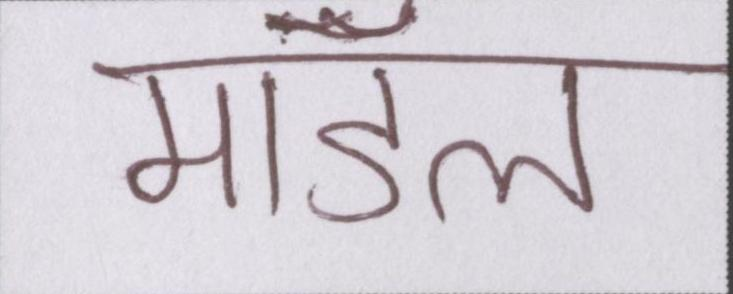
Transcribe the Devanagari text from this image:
मॉडल